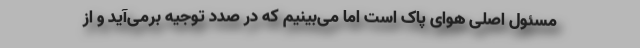
مسئول اصلی هوای پاک است اما می‌بینیم که در صدد توجیه برمی‌آید و از